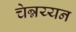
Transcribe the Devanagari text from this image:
चेन्नय्यन